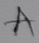
Text: A